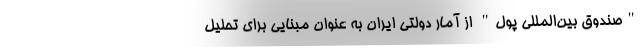
"صندوق بین‌المللی پول" از آمار دولتی ایران به عنوان مبنایی برای تحلیل